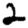
Digit: 2